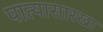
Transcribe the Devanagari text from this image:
पात्यासारखा